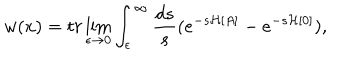
LaTeX: w ( x ) = t r \lim _ { \epsilon \to 0 } \int _ { \epsilon } ^ { \infty } \frac { d s } { s } ( e ^ { - s { \mathcal H } [ A ] } - e ^ { - s { \mathcal H } [ 0 ] } ) ,